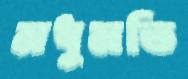
মধুমতি